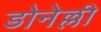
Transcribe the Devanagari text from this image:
डोनेल्ली